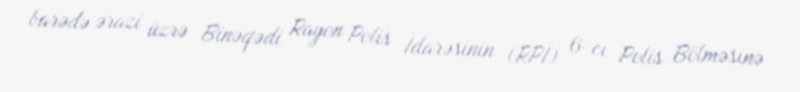
barədə ərazi üzrə Binəqədi Rayon Polis İdarəsinin (RPİ) 6-cı Polis Bölməsinə